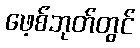
ဖေ့စ်ဘုတ်တွင်